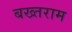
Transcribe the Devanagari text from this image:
बख्तराम